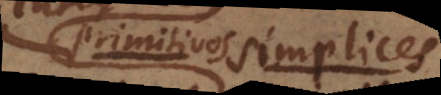
primitivos simplices